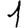
Digit: 1